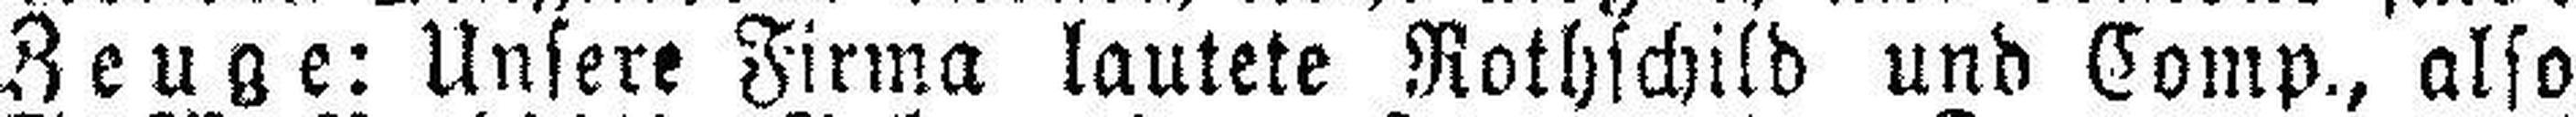
Zeuge: Unsere Firma lautete Rothschild und Comp., also